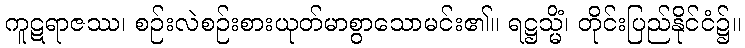
ကူဋရာဇဿ၊ စဉ်းလဲစဉ်းစားယုတ်မာစွာသောမင်း၏။ ရဋ္ဌသ္မိံ၊ တိုင်းပြည်နိုင်ငံ၌။